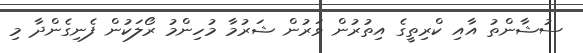
ސުޝާންތު އާއި ކްރިތީގެ އިތުރުން ވަރުން ޝަރުމާ މުހިންމު ރޯލަކުން ފެނިގެންދާ މި